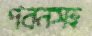
পবনসহ